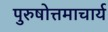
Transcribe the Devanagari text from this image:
पुरुषोत्तमाचार्य